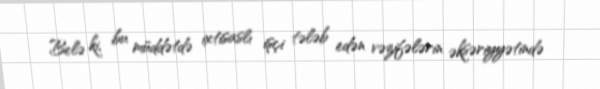
Belə ki, bu müddətdə ixtisaslı işçi tələb edən vəzifələrin əksəriyyətində